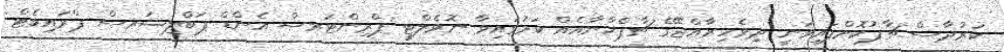
ކަރުދާސް ޗާޕުކޮށްފައިވަނީ ދިވެހިރާއްޖޭގެ ޗާޕްޚާނާއެއް ކަމުގައިވާ ނޮވެލްޓީ ޕްރިންޓަރސް އެންޑް ޕަބްލިޝަރސް ޕްރައިވެޓް